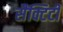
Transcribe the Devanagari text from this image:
सैंक्टिटी